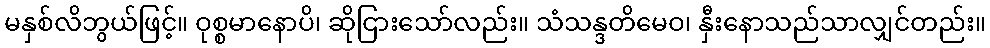
မနှစ်လိဘွယ်ဖြင့်။ ဝုစ္စမာနောပိ၊ ဆိုငြားသော်လည်း။ သံသန္ဒတိမေဝ၊ နှီးနောသည်သာလျှင်တည်း။